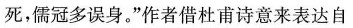
死，儒冠多误身。”作者借杜甫诗意来表达自